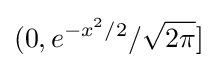
(0,e^{-x^{2}/2}/{\sqrt {2\pi }}]